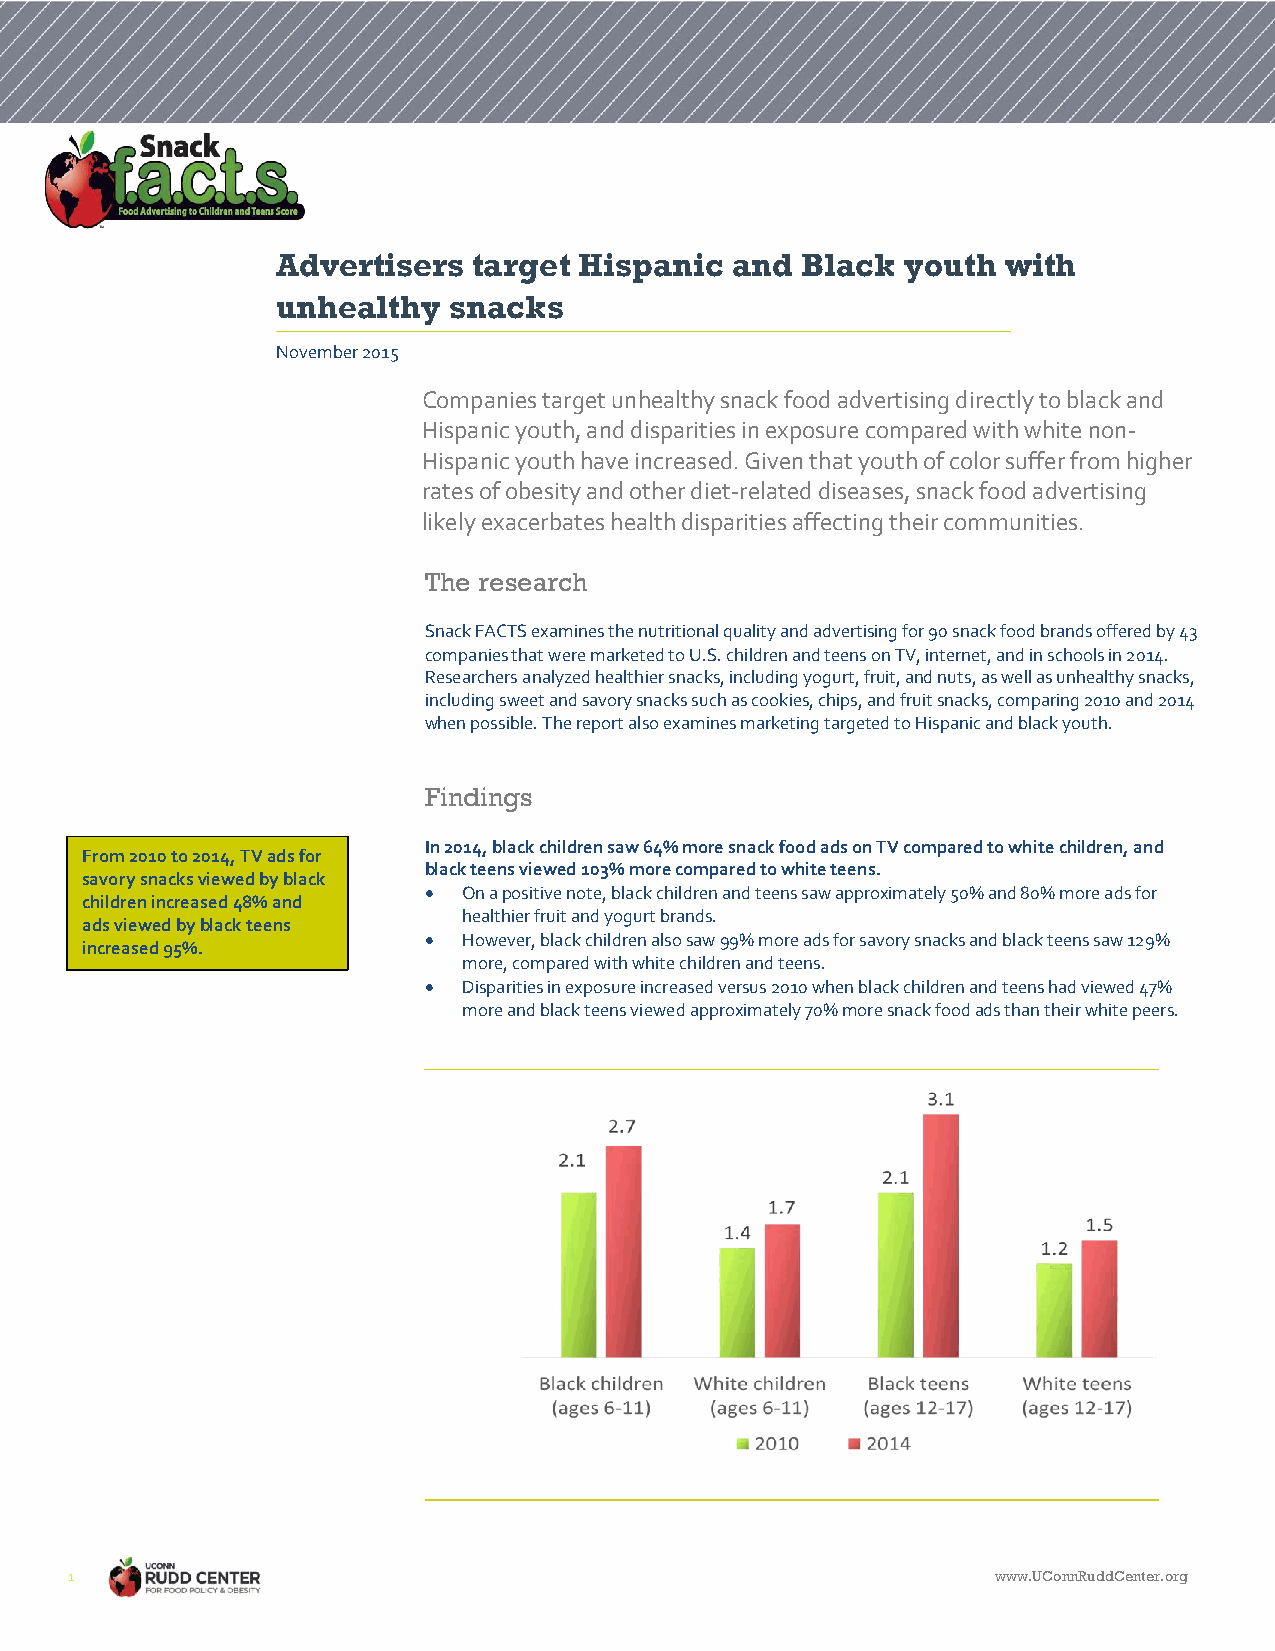
Advertisers  target Hispanic  and  Black  youth  with
 unhealthy   snacks
 November 2015
 Companies target unhealthy snack food advertising directly to black and
 Hispanic youth, and disparities in exposure compared with white non-
 Hispanic youth have increased. Given that youth of color suffer from higher
 rates of obesity and other diet-related diseases, snack food advertising
 l ikely exacerbates health disparities affecting their communities.
 The research
 Snack FACTS examines the nutritional quality and advertising for 90 snack food brands offered by 43
 companies that were marketed to U.S. children and teens on TV, internet, and in schools in 2014.
 Researchers analyzed healthier snacks, including yogurt, fruit, and nuts, as well as unhealthy snacks,
 including sweet and savory snacks such as cookies, chips, and fruit snacks, comparing 2010 and 2014
 when possible. The report also examines marketing targeted to Hispanic and black youth.
 Findings
 In 2014, black children saw 64% more snack food ads on TV compared to white children, and
 From 2010 to 2014, TV ads for
 black teens viewed 103% more compared to white teens.
 savory snacks viewed by black
   On a positive note, black children and teens saw approximately 50% and 80% more ads for
 children increased 48% and
 healthier fruit and yogurt brands.
 ads viewed by black teens
   However, black children also saw 99% more ads for savory snacks and black teens saw 129%
 increased 95%.
 more, compared with white children and teens.
   Disparities in exposure increased versus 2010 when black children and teens had viewed 47%
 more and black teens viewed approximately 70% more snack food ads than their white peers.
 1                                                             www.UConnRuddCenter.org